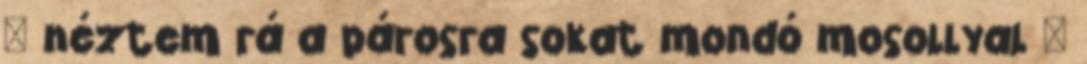
– néztem rá a párosra sokat mondó mosollyal –